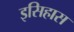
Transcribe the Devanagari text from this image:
इसिहास